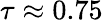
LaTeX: \tau\approx 0.75